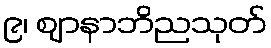
၉၊ ဈာနာဘိညသုတ်